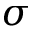
\sigma